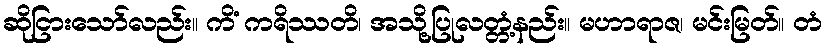
ဆိုငြားသော်လည်း။ ကိံ ကရိဿတိ၊ အသို့ပြုလတ္တံ့နည်း။ မဟာရာဇ၊ မင်းမြတ်။ တံ